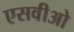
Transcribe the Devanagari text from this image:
एसवीओ